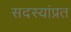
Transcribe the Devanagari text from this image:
सदस्यांप्रत